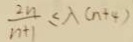
\frac { 2 n } { n + 1 } \leq \lambda ( n + 4 )